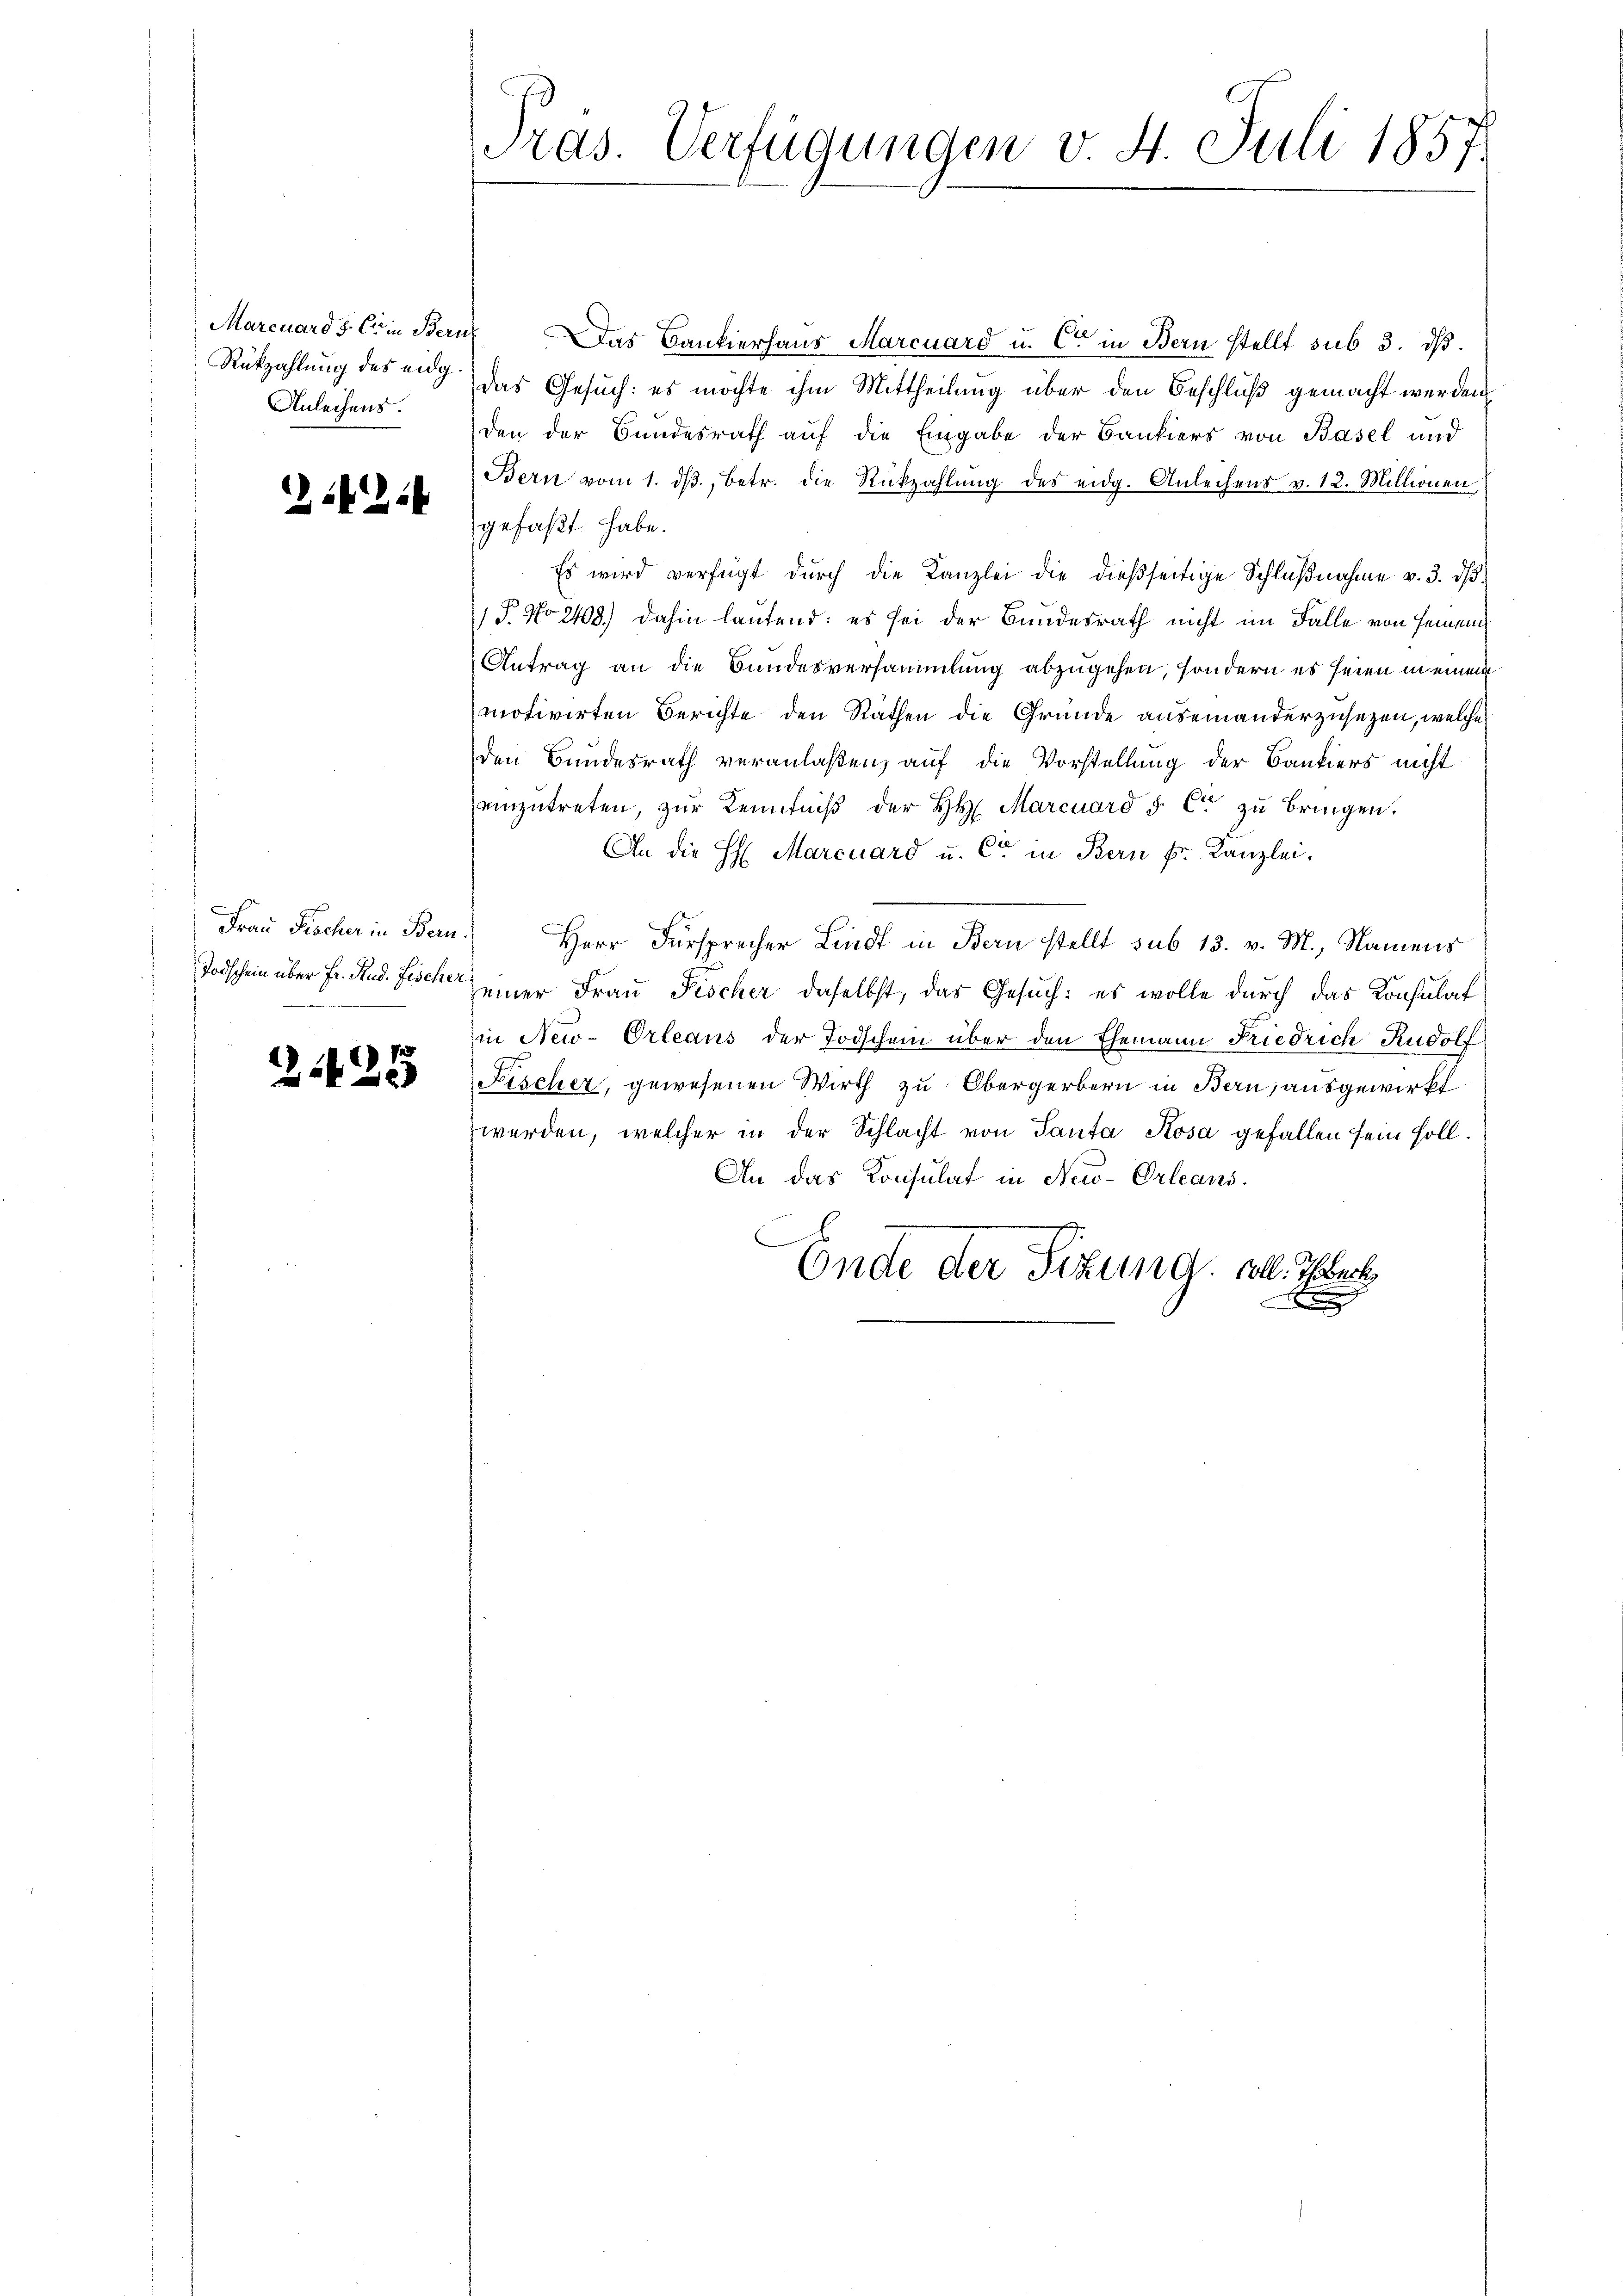
Rükzahlung des eidg
Anleihens.

21214

Todschein über Fr. Rud. Fischer:

2125

Pras. Verfügungen v. 4. Juli 1857.

Marcuards Ein Bern das Bankierhaus Marcuard u. Cet in Bern stellt sub 3. ds.
Das Gesuch: es möchte ihm Mittheilung über den Beschluß gemacht werden
den der Bundesrath auf die Eingabe der Bankiers von Basel und
Bern vom 1. dβ, betr. die Rückzahlŭng des eidg. Anleihens v. 12. Millionen
gefaßt habe.
Es wird verfügt durch die Kanzlei die dießseitige Schlŭβnahme v. 3. dβ
 P. No 248) dahin lautend: es sei der Bundesrath nicht im Falle von seinem
Antrag an die Bundesversammlung abzugehen, sondern es seien in einem
motivirten Berichte den Rathen die Gründe auseinanderzusezen, welche
den Bundesrath veranlaßen, auf die Vorstellung der Bankiers nicht
einzŭtreten, zŭr Kenntniβ der H. Marcuard & Cie zu bringen.
An die H: Marcuard u. Cet in Bern Fr. Kanzlei.
Frau Fischer in Bern. Herr Fürsprecher Lindt in Bern stellt sub 13. v. M., Namens
einer Frau Fischer daselbst, das Gesuch: es wolle durch das Konsulat
in New-Orleans der Todschein über den Ehemann Friedrich Rudolf
Fischer, gewesenen Wirth zu Obergerbern in Bern, ausgewirkt
werden, welcher in der Schlacht von Tanta Rosa gefallen sein soll.
An das Konsulat in New-Orleans
Ende der Sitzung soll. Herr
.
migen
n